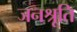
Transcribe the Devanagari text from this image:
जनश्रूति